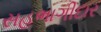
સહભાગીદાર